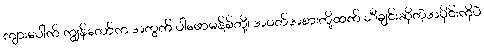
ကျားပေါက် ကျွန်တော်က အတွက် ပါဖောမန့်စ်တို့၊ အဝတ်အစားတို့ထက် သီချင်းဆိုတဲ့အပိုင်းကိုပဲ